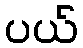
ပယ်